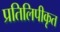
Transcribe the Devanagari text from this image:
प्रतिलिपीकृत